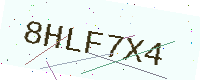
Text: 8HLF7X4